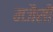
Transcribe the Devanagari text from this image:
मजैसी